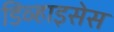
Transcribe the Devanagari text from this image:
डिव्हाइसेस